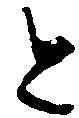
と